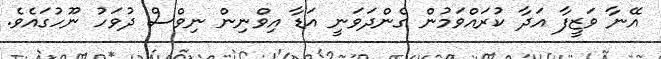
އޭނާ ވަޒީފާ އަދާ ކުރައްވަމުން ގެންދަވަނީ އަޑާ އިވްނިން ނިވްސް ދުވަހު ނޫހުގައެވެ.